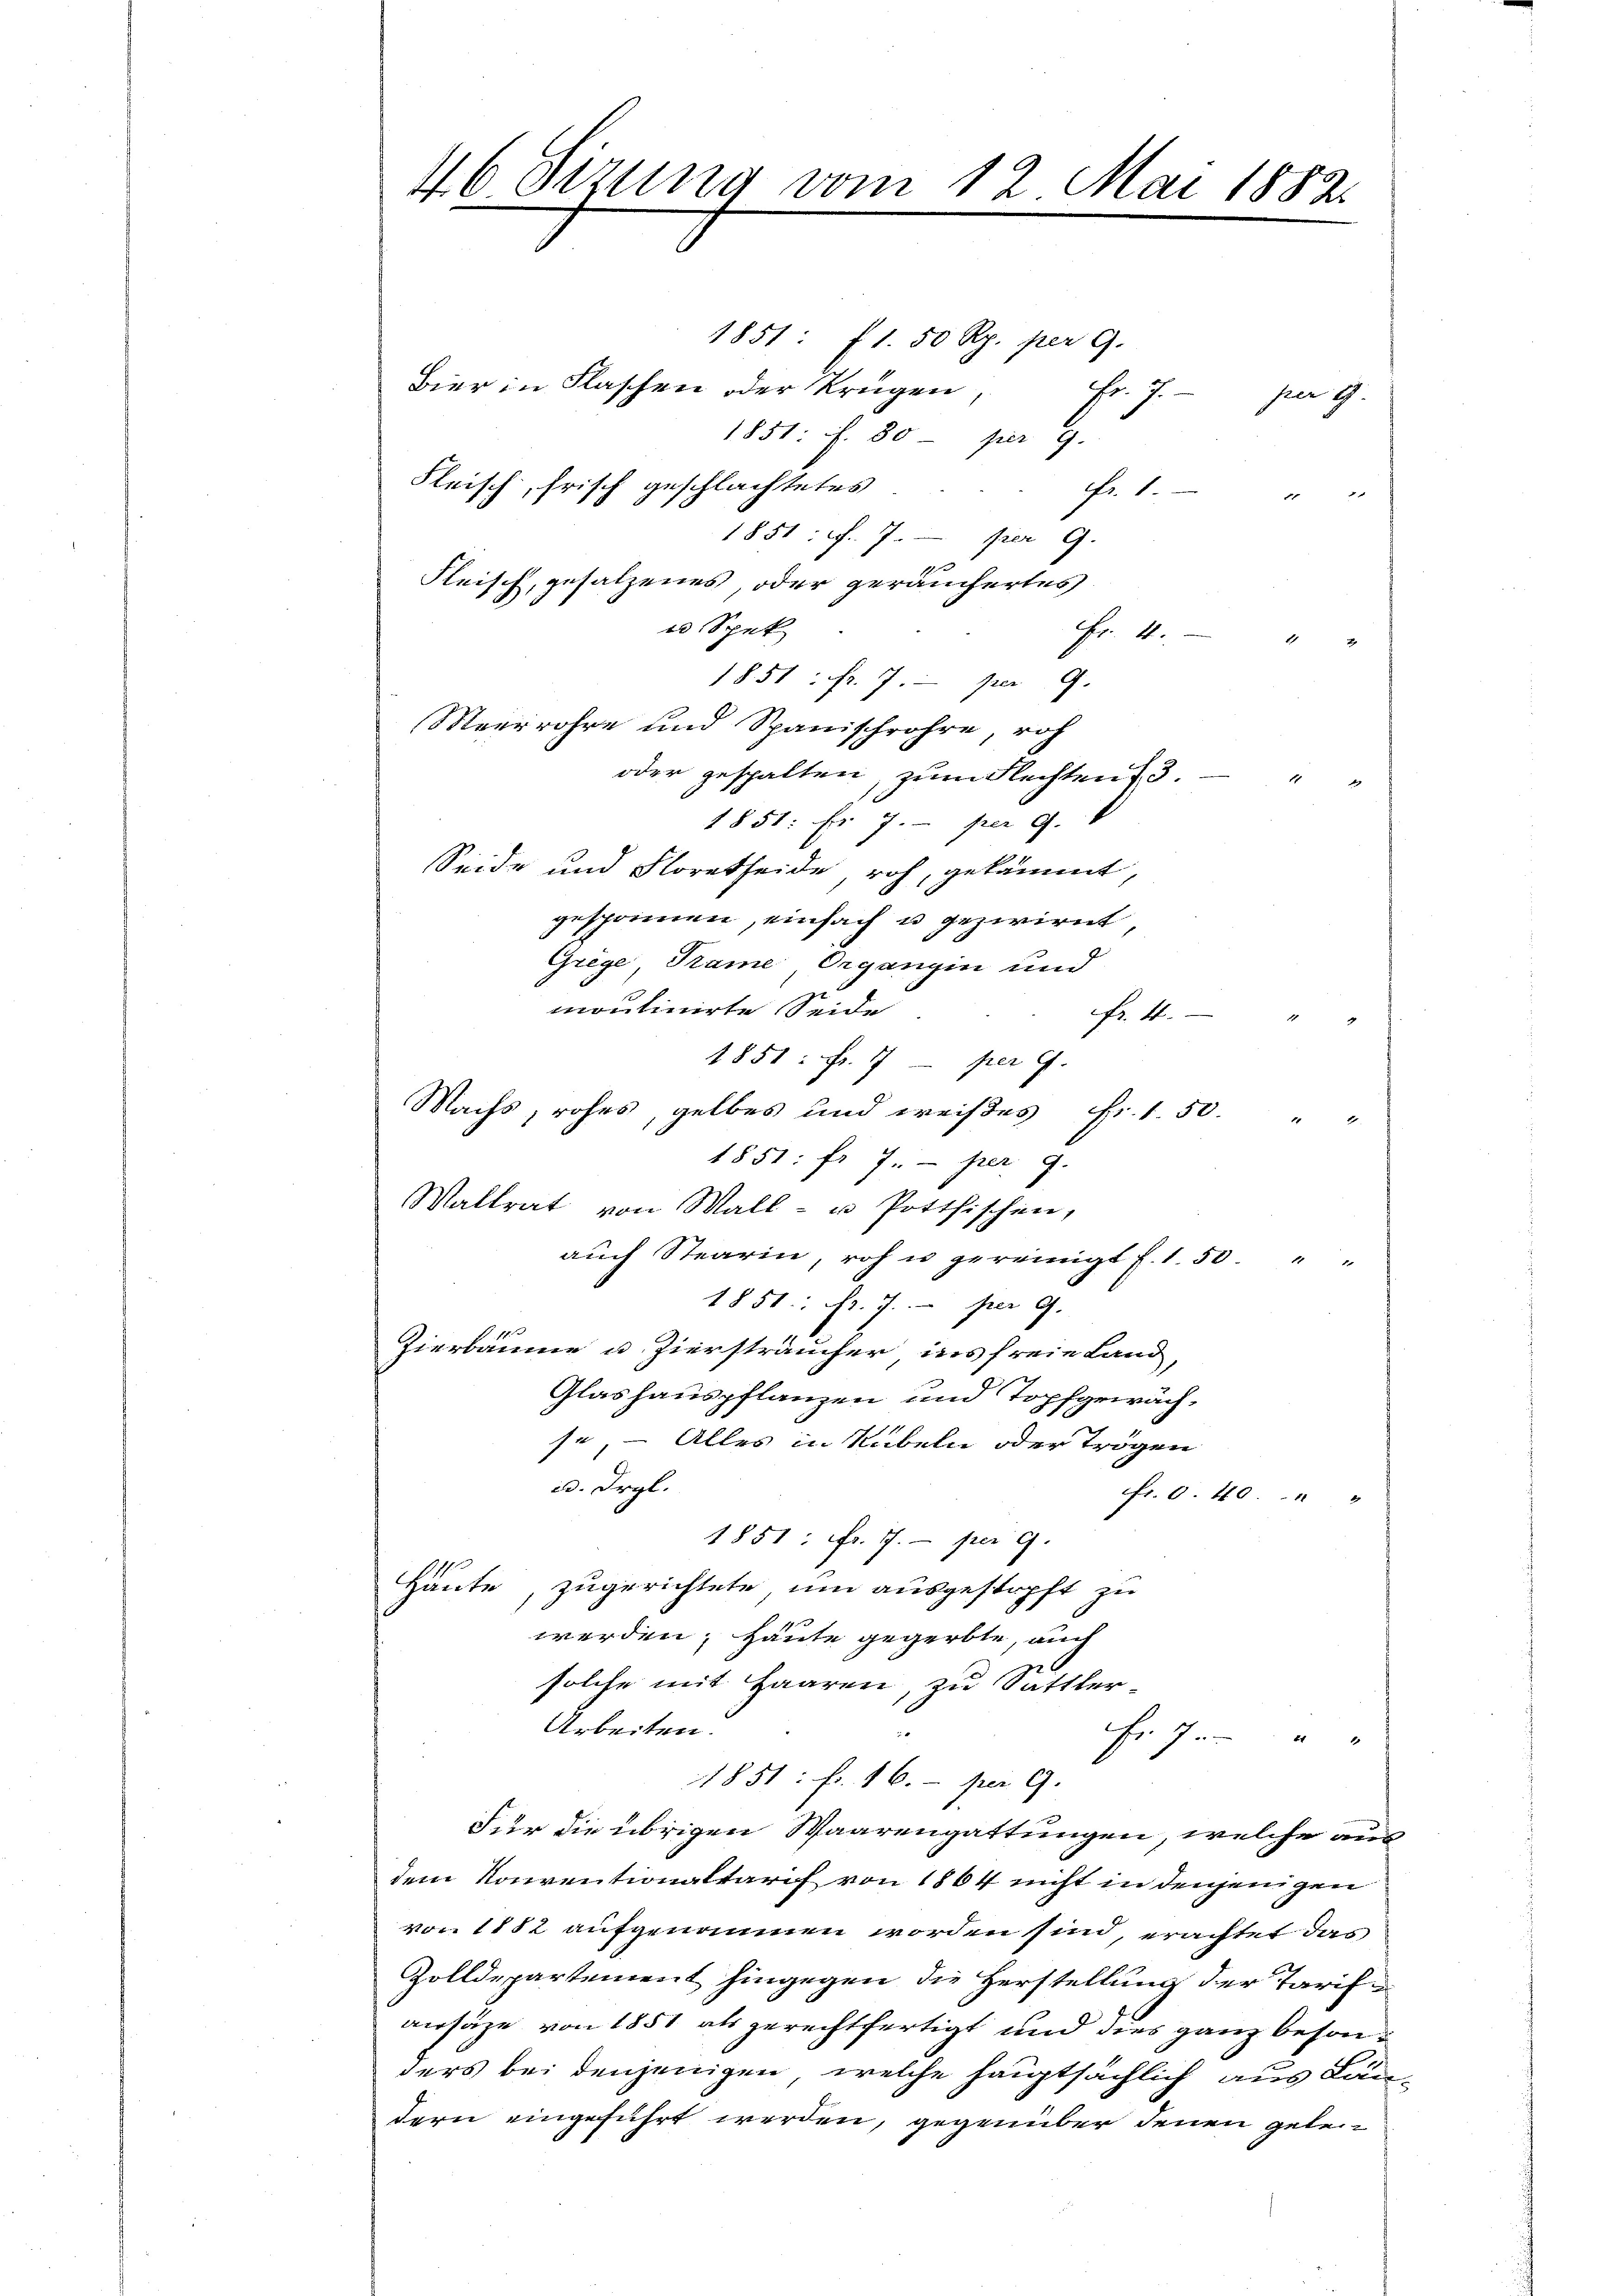
46. Sizung vom 12. Mai 1882.
1851: 1. 50 Rp. per 9.
Bier in Flaschen oder Krügen,
Fr. 7. per 9.

1851 f. 80 - per 9.
Fleisch, frisch geschlachtetes
1851 f. 7. per 9.
x
Fleisch, gesalzenes, oder geräuchertes
ed Spek
Fr. 4.

1851: fr. 7. per 9.
Meerröhre und Spanischrohre, roh
oder gespalten, zum Flechten 3.

1851: Fr. 7. per 9.
Seide und Floretheide roh, gekämmt,
gesponnen, einfach u. gezwirnt,
Grege, Trame Organgin und
moulinirte Seide
fr. 4.
4
1851: Fr. 77 - per 9.
Machs, rohes, gelbes und weißes fr. 1.50 " "
1851: fr. 7. per 9.
Waltrat von Mall- u Potthischen,
aŭch Stearin, roh u gereinigt f. 1.50 " "
1851: Fr. 7. per 9.
21
Hierbaume u. Ziersträucher ins freie Land,
Glashauspflanzen und Topfgewächse, – Alles in Rubeln oder Trögen
a. Irgl.
fr. 6. 40. " "
1851: fr. 77.- per 9.
Häute, zugerichtete um ausgestopft zu
werden; Heute gegerbte, auch
solche mit Haaren, zu Sattler-
Arbeiten.
r J
1851: fr. 16. per 9.
Für die übrigen Waarengattungen, welche aus
dem Konventionaltarif von 1864 nicht in denjenigen
von 1882 aufgenommen worden sind, erachtet das
Zolldepartement hingegen die Herstellung der Tarifansähe von 1851 als gerechtfertigt und dies ganz besonders bei denjenigen, welche hauptsächlich aus Landern eingeführt werden, gegenüber denen gelei¬

8.